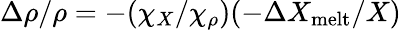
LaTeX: \Delta\rho/\rho=-(\chi_{X}/\chi_{\rho})(-\Delta X_{\mathrm{melt}}/X)